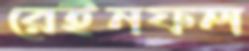
রেইনফল